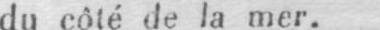
du côté de la mer.